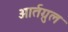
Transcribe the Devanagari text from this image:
आर्तग्रुल